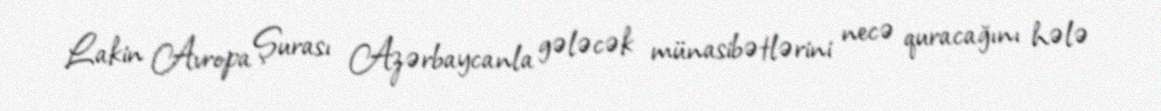
Lakin Avropa Şurası Azərbaycanla gələcək münasibətlərini necə quracağını hələ